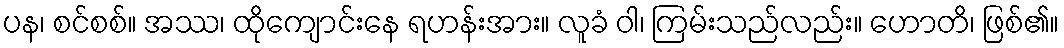
ပန၊ စင်စစ်။ အဿ၊ ထိုကျောင်းနေ ရဟန်းအား။ လူခံ ဝါ၊ ကြမ်းသည်လည်း။ ဟောတိ၊ ဖြစ်၏။